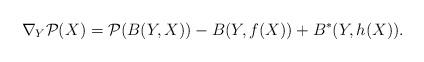
LaTeX: \begin{align*}\nabla_Y \mathcal{P}(X) =\mathcal{P}(B(Y,X)) - B(Y,f(X)) + B^*(Y,h(X)).\end{align*}